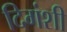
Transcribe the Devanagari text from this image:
दिगंशी